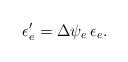
LaTeX: \begin{align*}\epsilon_e' = \Delta \psi_e \, \epsilon_e.\end{align*}